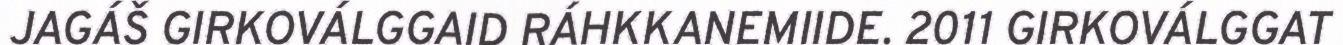
JAGÁŠ GIRKOVÁLGGAID RÁHKKANEMIIDE. 2011 GIRKOVÁLGGAT